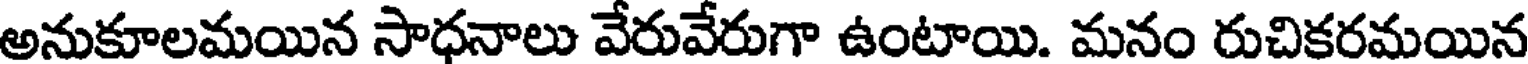
అనుకూలమయిన సాధనాలు వేరువేరుగా ఉంటాయి. మనం రుచికరమయిన